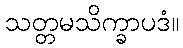
သတ္တမသိက္ခာပဒံ။